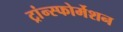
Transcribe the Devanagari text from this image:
ट्रांन्स्फोर्मेशन